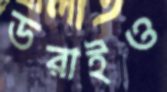
ডরাইও